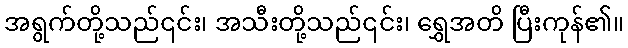
အရွက်တို့သည်၎င်း၊ အသီးတို့သည်၎င်း၊ ရွှေအတိ ပြီးကုန်၏။